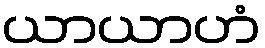
ယာယာဟံ